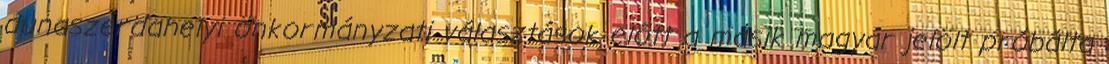
dunaszerdahelyi önkormányzati választások előtt a másik magyar jelölt próbálta